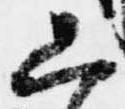
只